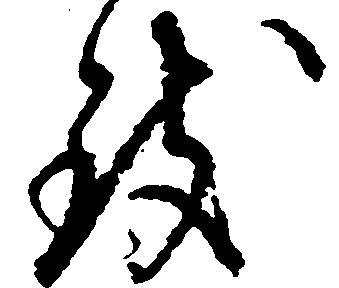
致